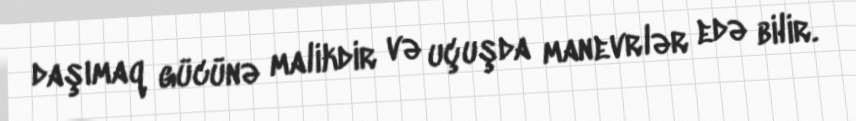
daşımaq gücünə malikdir və uçuşda manevrlər edə bilir.